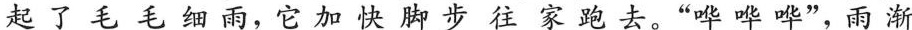
起了毛毛细雨，它加快脚步往家跑去。“哗哗哗”，雨渐